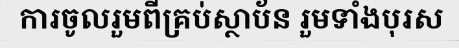
ការចូលរួមពីគ្រប់ស្ថាប័ន រួមទាំងបុរស